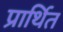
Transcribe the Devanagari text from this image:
प्रार्थित